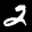
Label: 2